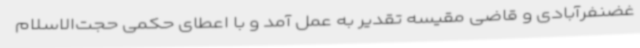
غضنفرآبادی و قاضی مقیسه تقدیر به عمل آمد و با اعطای حکمی حجت‌الاسلام